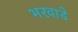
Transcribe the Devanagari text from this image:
भरवाडे